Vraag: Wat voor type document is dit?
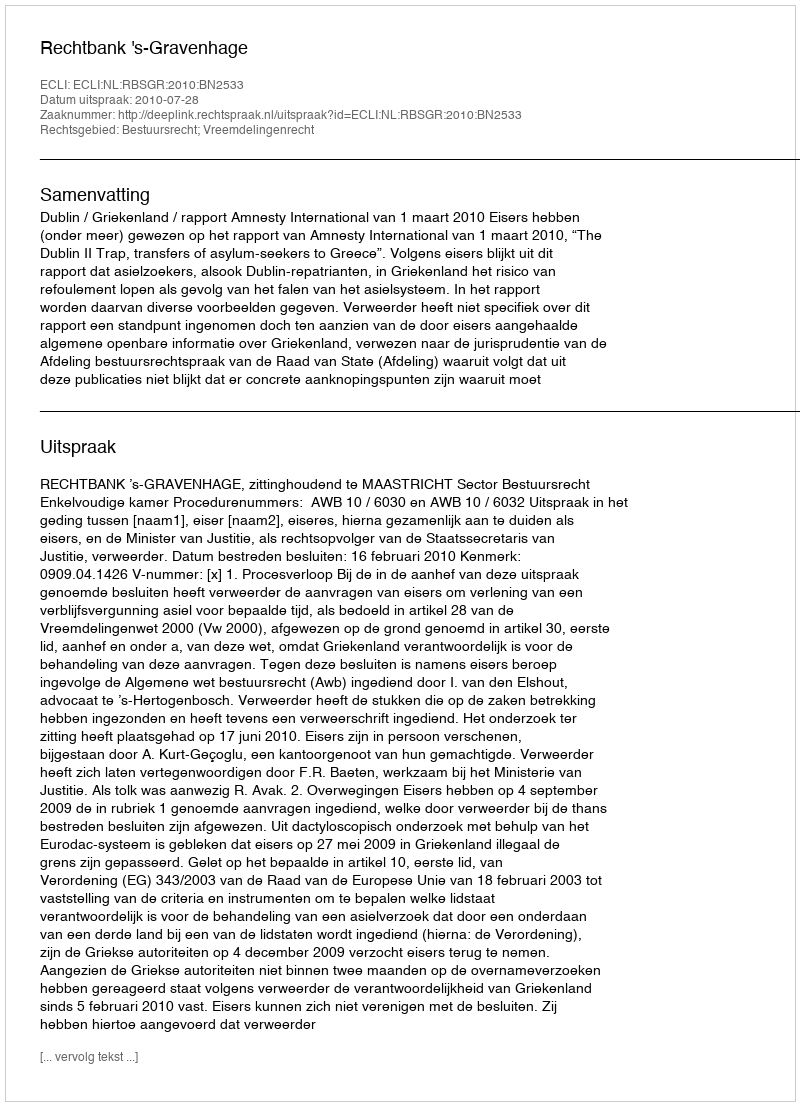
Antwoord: Uitspraak